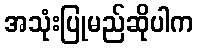
အသုံးပြုမည်ဆိုပါက